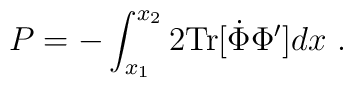
P = - \int_{x_1}^{x_2} 2{\rm Tr}[\dot{\Phi}\Phi']dx \ .